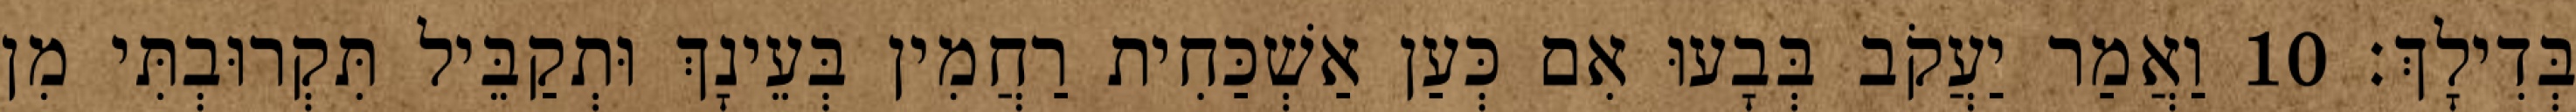
בְּדִילָךְ׃ 10 וַאֲמַר יַעֲקֹב בְּבָעוּ אִם כְּעַן אַשְׁכַּחִית רַחֲמִין בְּעֵינָךְ וּתְקַבֵּיל תִּקְרוּבְתִּי מִן